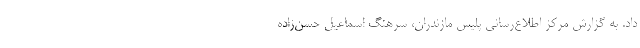
داد. به گزارش مرکز اطلاع‌رسانی پلیس مازندران، سرهنگ اسماعیل حسن‌زاده